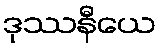
ဒုဿနီယေ